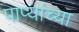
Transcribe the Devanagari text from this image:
पाप्यांच्या